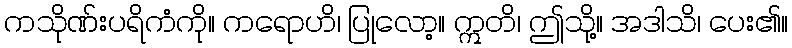
ကသိုဏ်းပရိကံကို။ ကရောဟိ၊ ပြုလော့။ ဣတိ၊ ဤသို့။ အဒါသိ၊ ပေး၏။